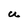
Character: U